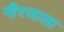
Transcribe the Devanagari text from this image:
नीरजाला